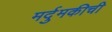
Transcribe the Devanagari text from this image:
मर्दुमकीची